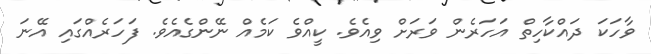
ވާހަކަ ދައްކާހިތް އަހަރެން ވަރަށް ވިއެވެ. ކީއްވެ ކަމެއް ނޭންގެއެވެ. ފަހަރެއްގައި އޭނަ